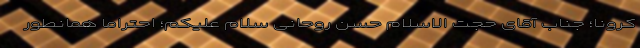
کرونا؛ جناب آقای حجت الاسلام حسن روحانی سلام علیکم؛ احتراماً همانطور